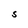
Character: S